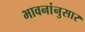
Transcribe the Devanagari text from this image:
भावनांनुसार